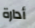
أدارة